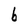
Character: b